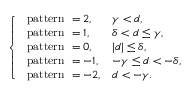
\left\{ \begin{array} { l l } { \mathrm { ~ p a t t e r n ~ } = 2 , } & { \gamma < d , } \\ { \mathrm { ~ p a t t e r n ~ } = 1 , } & { \delta < d \leq \gamma , } \\ { \mathrm { ~ p a t t e r n ~ } = 0 , } & { | d | \leq \delta , } \\ { \mathrm { ~ p a t t e r n ~ } = - 1 , } & { - \gamma \leq d < - \delta , } \\ { \mathrm { ~ p a t t e r n ~ } = - 2 , } & { d < - \gamma . } \end{array} \right.